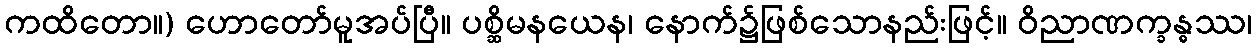
ကထိတော။) ဟောတော်မူအပ်ပြီ။ ပစ္ဆိမနယေန၊ နောက်၌ဖြစ်သောနည်းဖြင့်။ ဝိညာဏက္ခန္ဓဿ၊